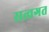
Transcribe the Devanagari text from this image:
सत्वगत